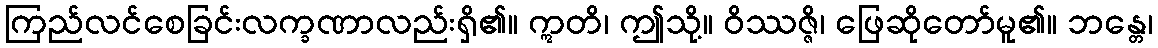
ကြည်လင်စေခြင်းလက္ခဏာလည်းရှိ၏။ ဣတိ၊ ဤသို့။ ဝိဿဇ္ဇိ၊ ဖြေဆိုတော်မူ၏။ ဘန္တေ၊